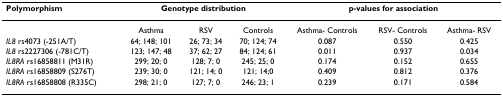
| Polymorphism | <COLSPAN=3> Genotype distribution | <COLSPAN=3> p-values for association |
 | --- | --- | --- | --- | --- | --- | --- |
 |  | Asthma | RSV | Controls | Asthma- Controls | RSV- Controls | Asthma- RSV |
 | IL8 rs4073 (-251A/T) | 64; 148; 101 | 26; 73; 34 | 70; 124; 74 | 0.087 | 0.550 | 0.425 |
 | IL8 rs2227306 (-781C/T) | 123; 147; 48 | 37; 62; 27 | 84; 124; 61 | 0.011 | 0.937 | 0.034 |
 | IL8RA rs16858811 (M31R) | 299; 20; 0 | 128; 7; 0 | 245; 25; 0 | 0.174 | 0.152 | 0.655 |
 | IL8RA rs16858809 (S276T) | 239; 30; 0 | 121; 14; 0 | 121; 14;0 | 0.409 | 0.812 | 0.376 |
 | IL8RA rs16858808 (R335C) | 298; 21; 0 | 127; 7; 0 | 246; 23; 1 | 0.239 | 0.171 | 0.584 |